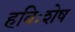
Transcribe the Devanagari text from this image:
हविःशेष